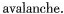
avalanche.